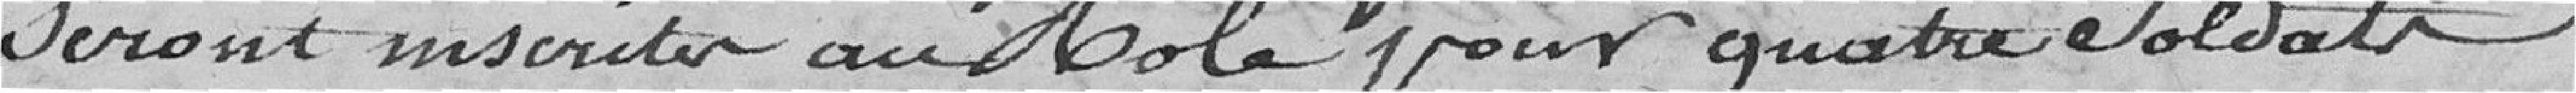
seront inscrites au Rôle pour quatre soldats